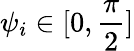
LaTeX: \psi_{i}\in[0,\frac{\pi}{2}]